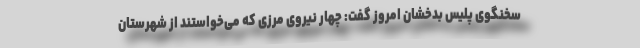
سخنگوی پلیس بدخشان امروز گفت: چهار نیروی مرزی که می‌خواستند از شهرستان